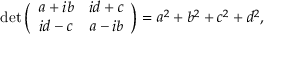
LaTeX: \operatorname* { d e t } { \Bigl ( } { \begin{array} { c c } { a + i b } & { i d + c } \\ { i d - c } & { a - i b } \end{array} } { \Bigr ) } = a ^ { 2 } + b ^ { 2 } + c ^ { 2 } + d ^ { 2 } ,